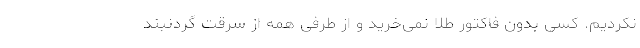
نکردیم. کسی بدون فاکتور طلا نمی‌خرید و از طرفی همه از سرقت گردنبند